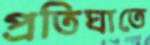
প্রতিঘাতে